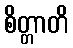
စိတ္တာတိ